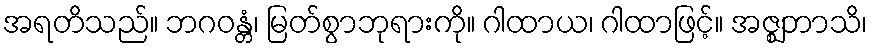
အရတိသည်။ ဘဂဝန္တံ၊ မြတ်စွာဘုရားကို။ ဂါထာယ၊ ဂါထာဖြင့်။ အဇ္ဈဘာသိ၊